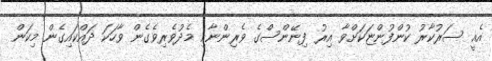
އެއީ ސަރުކާރު ކުންފުންޏަކަށްވާ އިރު ފިނޭންސްގެ ވެރިންނާއި މެދުވެރިވެގެން ވާހަކަ ދައްކައިގެން މިކަން